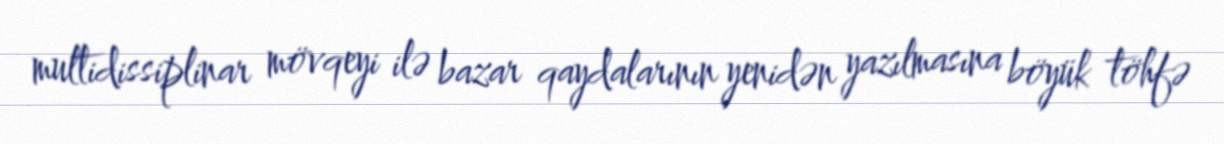
multidissiplinar mövqeyi ilə bazar qaydalarının yenidən yazılmasına böyük töhfə